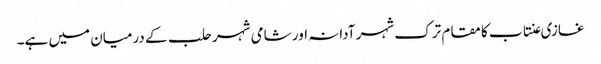
غازی عنتاب کا مقام ترک شہر آدانہ اور شامی شہر حلب کے درمیان میں ہے۔